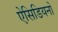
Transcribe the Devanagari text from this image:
ऐसिडियनों